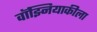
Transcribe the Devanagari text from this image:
वॉझ्नियाकीला